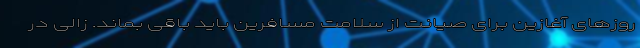
روزهای آغازین برای صیانت از سلامت مسافرین باید باقی بماند. زالی در